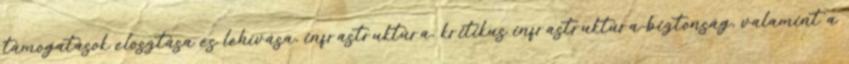
támogatások elosztása és lehívása, infrastruktúra, kritikus infrastruktúra-biztonság, valamint a